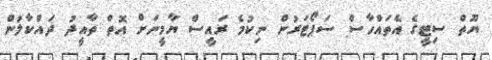
ޔޫތް ސިޓީގެ އެތައްހާސް ސަޕޯޓަރުން ނިކުމެ ރައީސް ޔާމީނަށް އޮތް ތާއީދު ދައްކާލުން